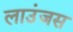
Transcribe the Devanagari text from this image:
लाउंजस